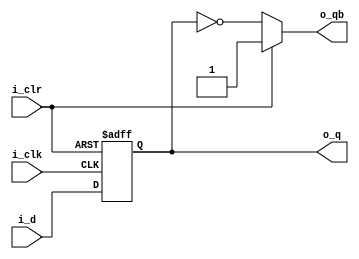

module flipflop 
( 
input   i_d,
input   i_clk,
input   i_clr,
output  o_q,
output  o_qb
);
wire   w_reset;
assign w_reset = ~i_clr;
reg     r_q;
assign  o_q  = r_q;
assign  o_qb = (i_clr == 1'b1)? 1:~r_q;

always @(posedge i_clk or negedge w_reset)
begin
if(!w_reset)
  r_q <= 0;
else 
  r_q <= i_d;
end

endmodule